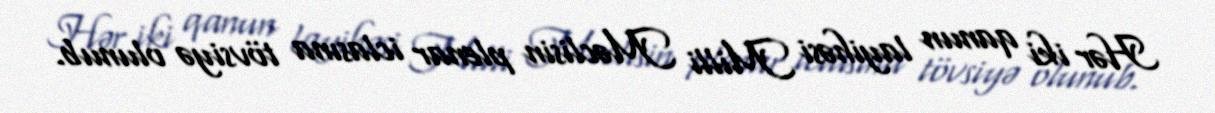
Hər iki qanun layihəsi Milli Məclisin plenar iclasına tövsiyə olunub.